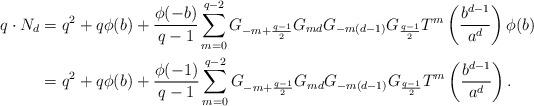
LaTeX: \begin{align*}q\cdot N_d&=q^2+q\phi(b)+\frac{\phi(-b)}{q-1}\sum_{m=0}^{q-2}G_{-m+\frac{q-1}{2}}G_{md}G_{-m(d-1)}G_{\frac{q-1}{2}}T^m\left(\frac{b^{d-1}}{a^d}\right)\phi(b)\\&=q^2+q\phi(b)+\frac{\phi(-1)}{q-1}\sum_{m=0}^{q-2}G_{-m+\frac{q-1}{2}}G_{md}G_{-m(d-1)}G_{\frac{q-1}{2}}T^m\left(\frac{b^{d-1}}{a^d}\right).\end{align*}